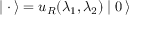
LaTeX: \mid { \bf \cdot } \, \rangle = u _ { R } ( \lambda _ { 1 } , \lambda _ { 2 } ) \mid 0 \, \rangle